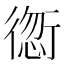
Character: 𲀠